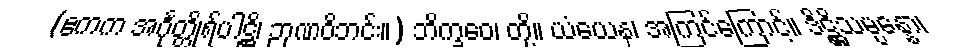
(ဧကက အင်္ဂုတ္တိုရ်ပါဋ္ဌိ၊ ဉာဏဝိဘင်း။) ဘိက္ခဝေ၊ တို့။ ယံယေန၊ အကြင်ကြောင့်။ ဒိဋ္ဌိသမ္ပန္နော၊